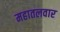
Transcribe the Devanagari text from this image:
महातलवार